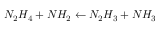
N _ { 2 } H _ { 4 } + N H _ { 2 } \leftarrow N _ { 2 } H _ { 3 } + N H _ { 3 }